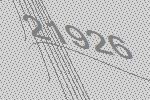
21926